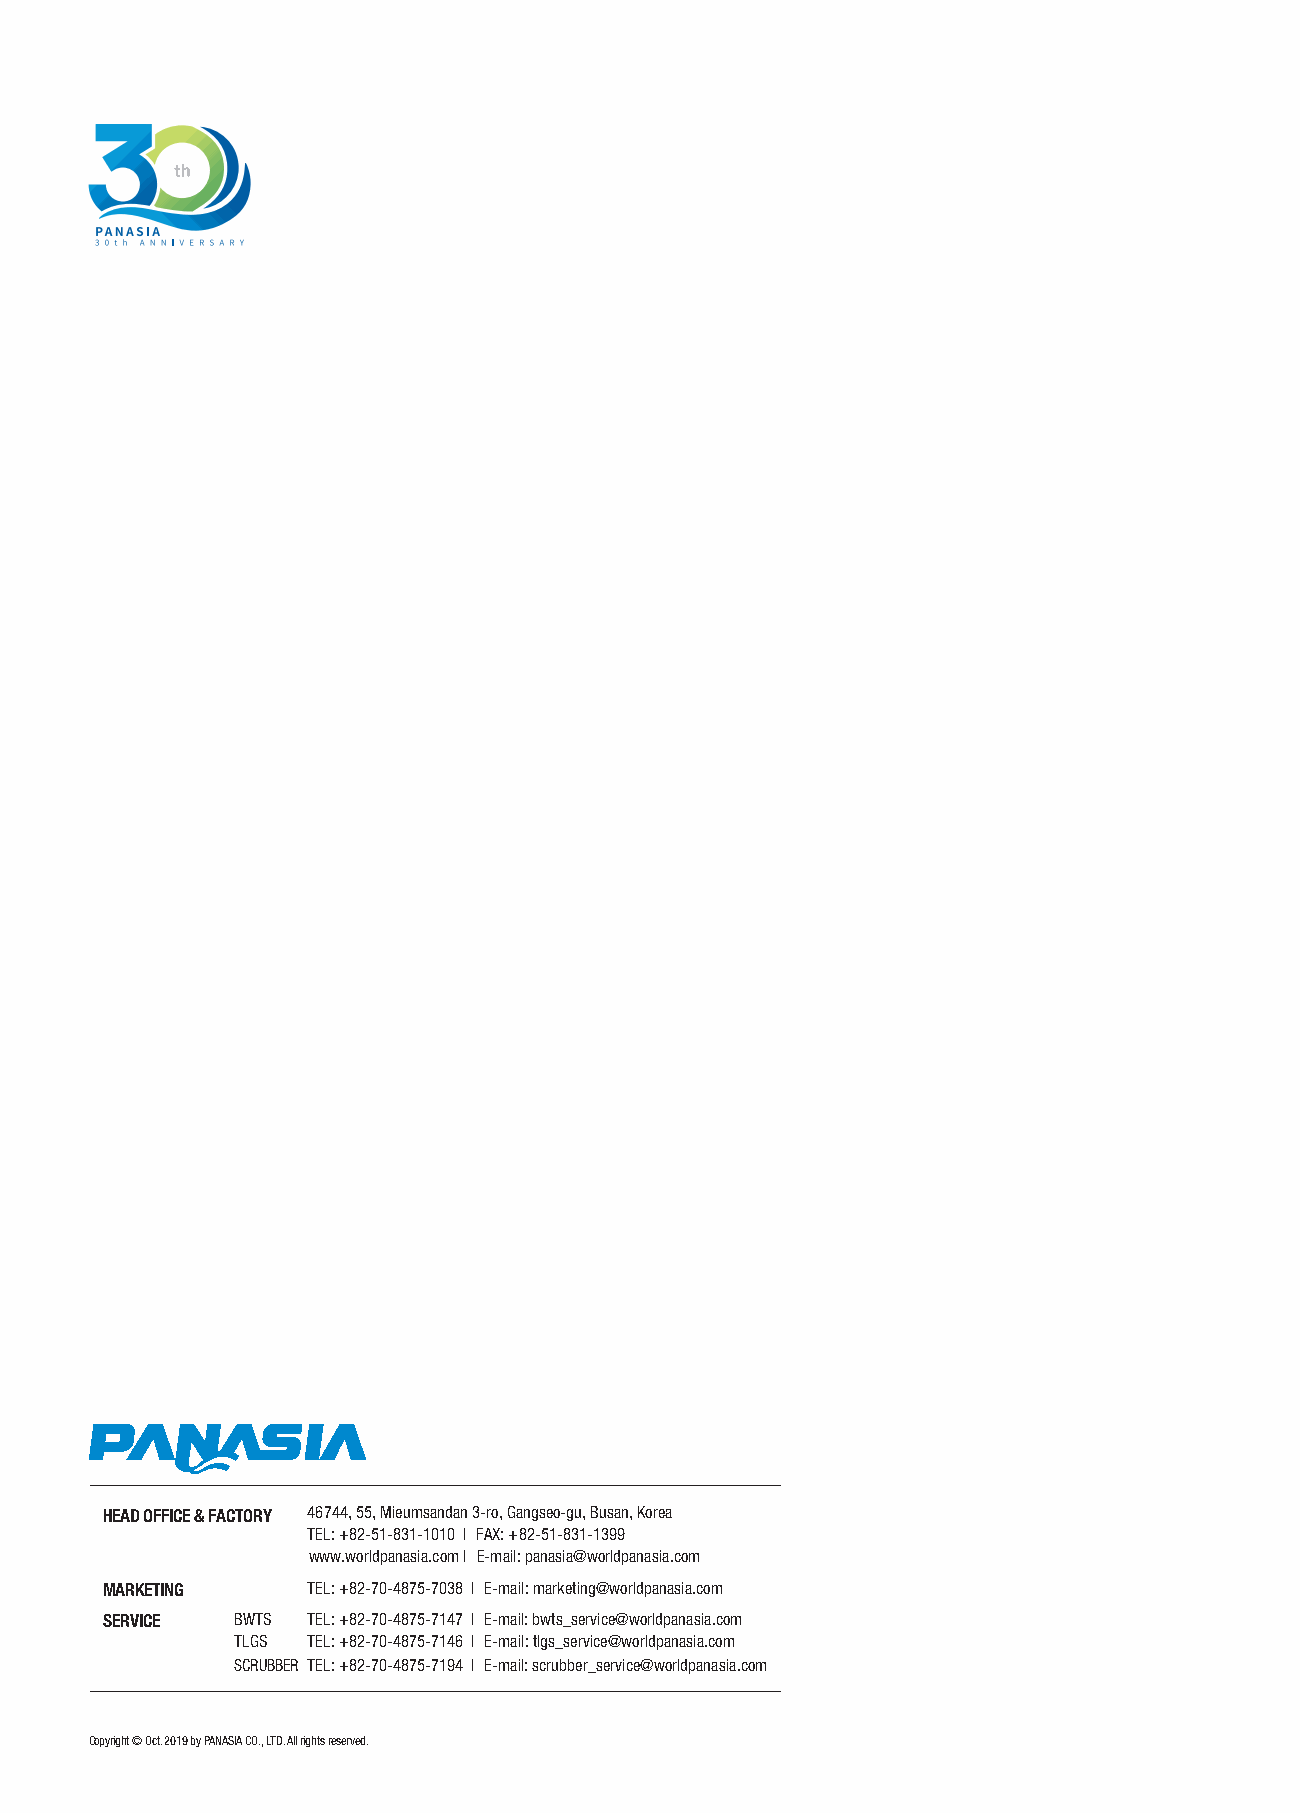
HEAD OFFICE & FACTORY 46744, 55, Mieumsandan 3-ro, Gangseo-gu, Busan, Korea
 TEL: +82-51-831-1010 l FAX: +82-51-831-1399
 www.worldpanasia.com l E-mail: panasia@worldpanasia.com
 MARKETING    TEL: +82-70-4875-7038 l E-mail: marketing@worldpanasia.com
 SERVICE  BWTS TEL: +82-70-4875-7147 l E-mail: bwts_service@worldpanasia.com
 TLGS TEL: +82-70-4875-7146 l E-mail: tlgs_service@worldpanasia.com
 SCRUBBER TEL: +82-70-4875-7194 l E-mail: scrubber_service@worldpanasia.com
 Copyright © Oct. 2019 by PANASIA CO., LTD. All rights reserved.